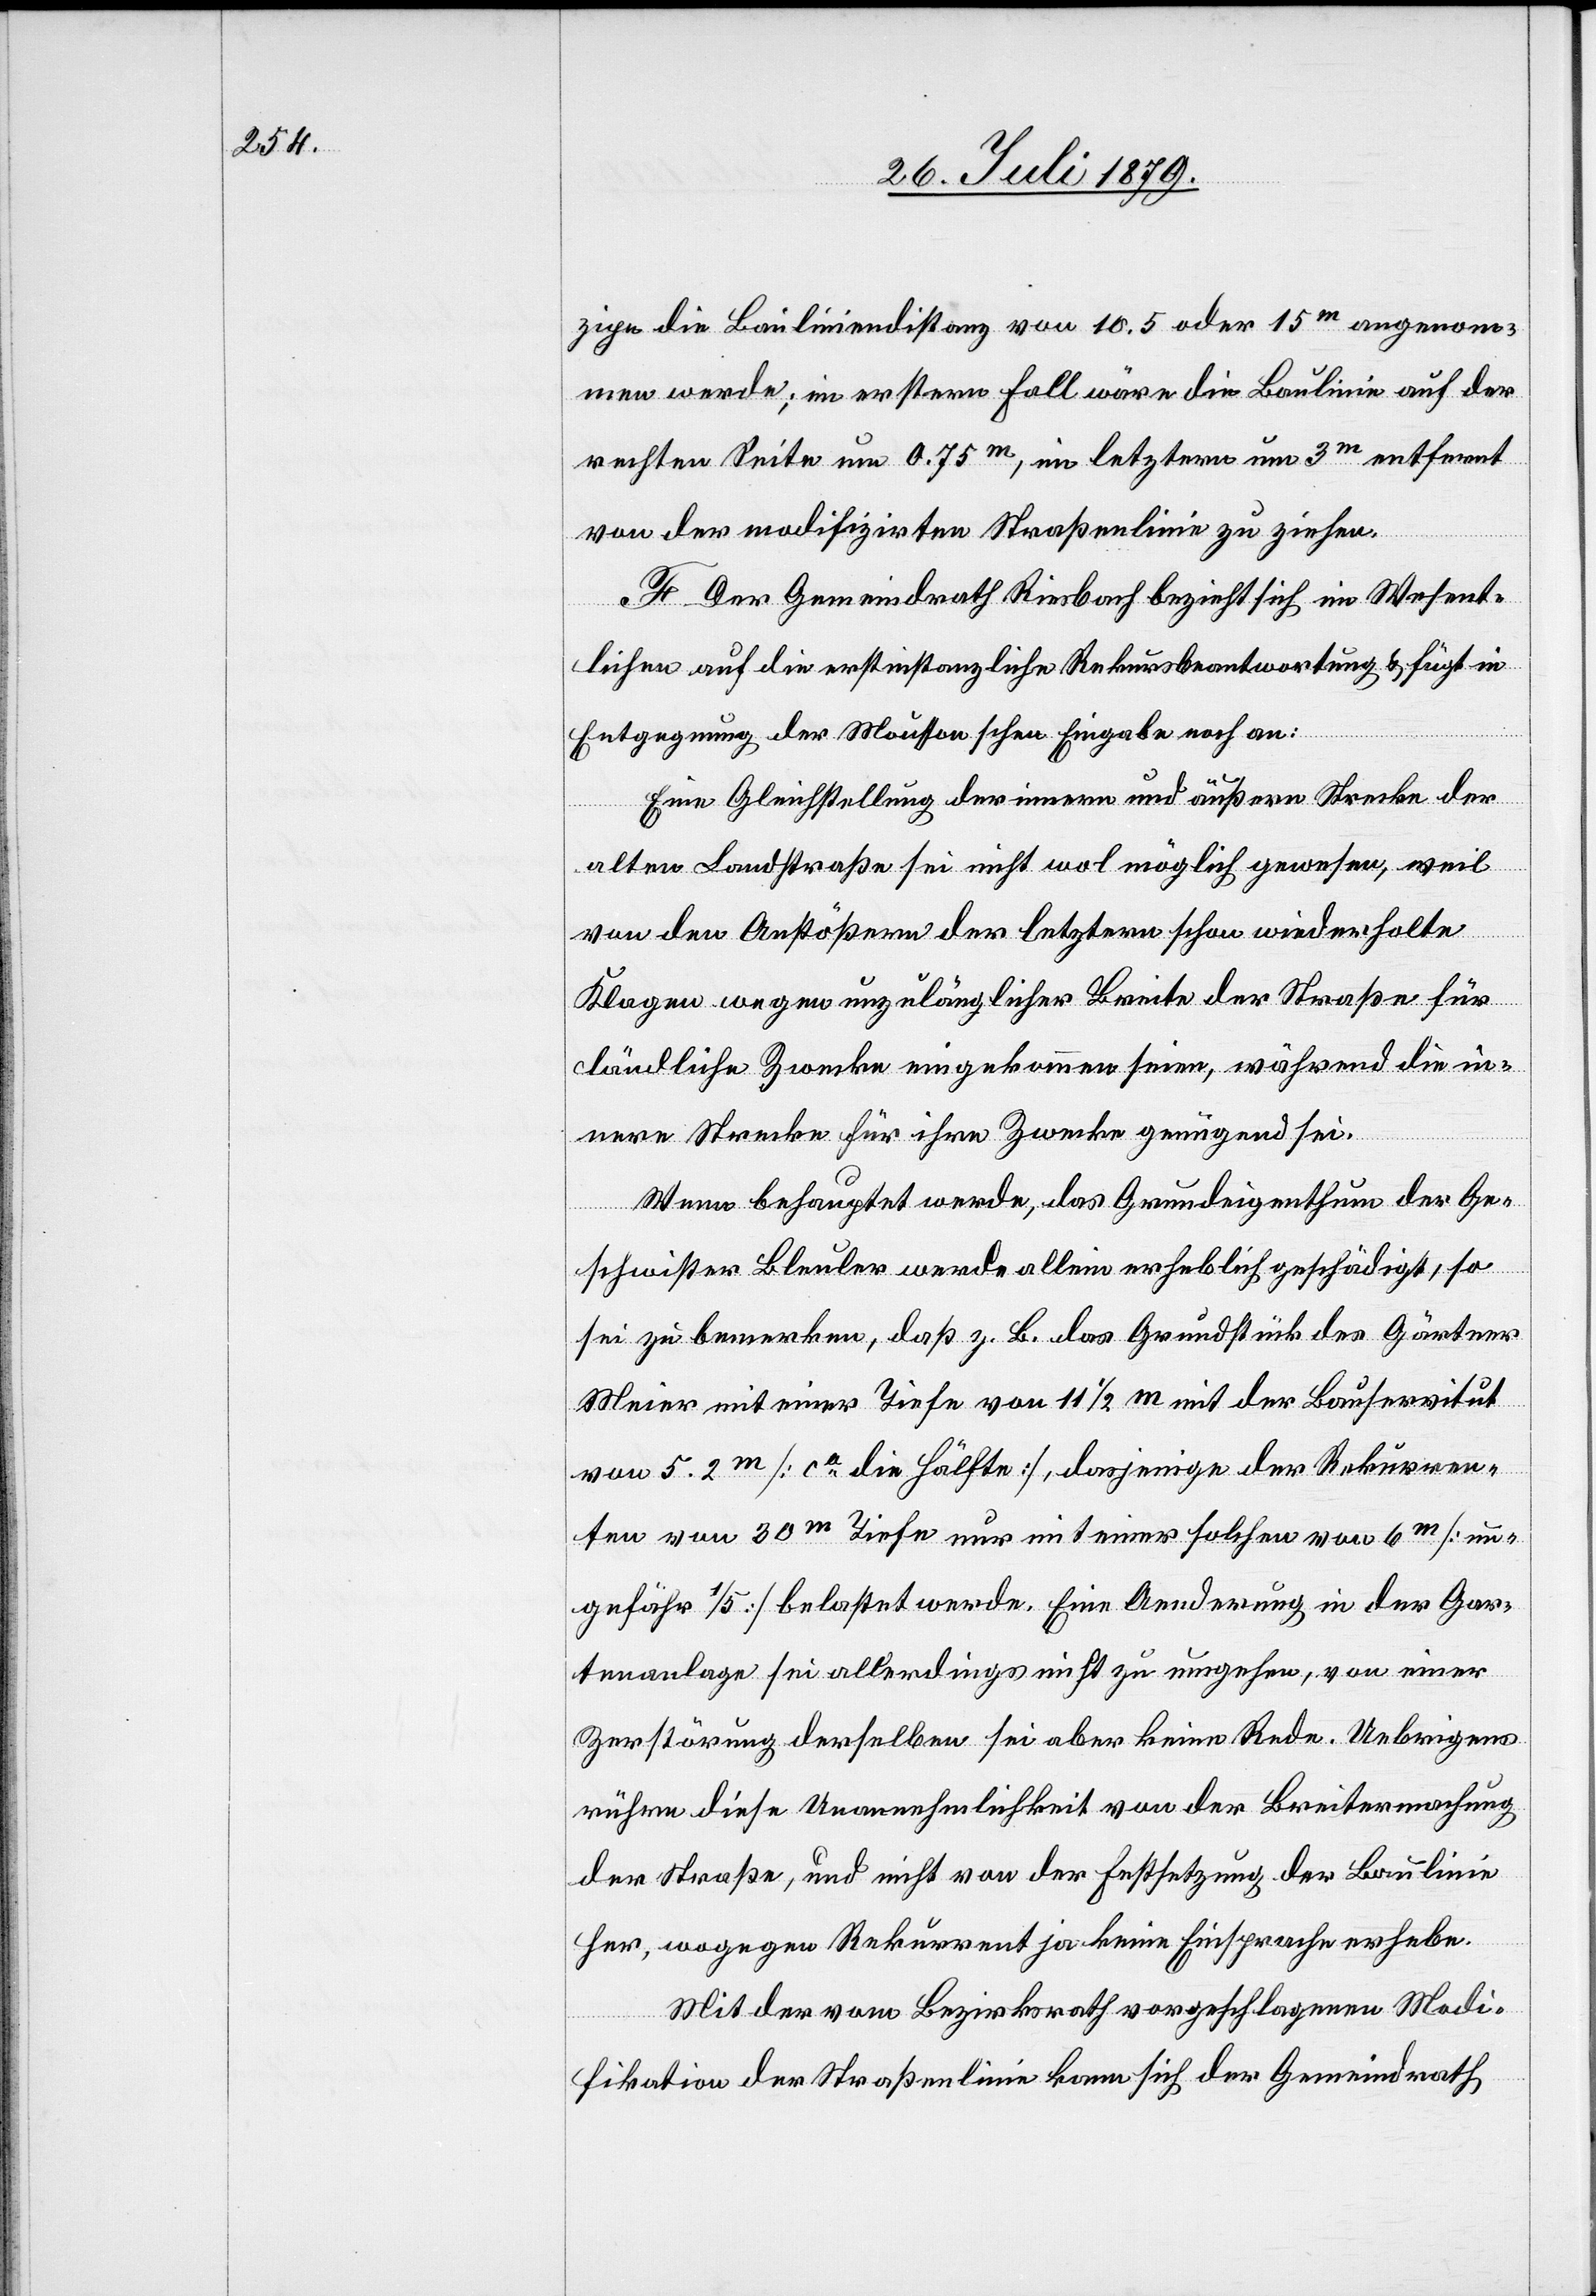
zipe die Bauliniendistanz von 10.5 oder 15m angenom¬
men werde; im erstern Fall wäre die Baulinie auf der
rechten Seite um 0.75m, im letztern um 3m entfernt
von der modifizirten Straßenlinie zu ziehen.
F. Der Gemeindrath Riesbach bezieht sich im Wesent¬
lichen auf die erstinstanzliche Rekursbeantwortung & fügt in
Entgegnung der Moussonschen Eingabe noch an:
Eine Gleichstellung der innern und äußern Strecke der
alten Landstraße sei nicht wol möglich gewesen, weil
von den Anstößern der letztern schon wiederholte
Klagen wegen unzulänglicher Breite der Straße für
ländliche Zwecke eingekommen seien, während die in¬
nere Strecke für ihre Zwecke genügend sei.
Wenn behauptet werde, das Grundeigenthum der Ge¬
schwister Bleuler werde allein erheblich geschädigt, so
sei zu bemerken, daß z. B. das Grundstück des Gärtner
Meier mit einer Tiefe von 11 1/2 m mit der Bauservitut
von 5.2m [ca die Hälfte], dasjenige der Rekurren¬
ten von 30m Tiefe nur mit einer solchen von 6m [un¬
gefähr 1/5] belastet werde. Eine Aenderung in der Gar¬
tenanlage sei allerdings nicht zu umgehen, von einer
Zerstörung derselben sei aber keine Rede. Uebrigens
rühre diese Unannehmlichkeit von der Breitermachung
der Straße, und nicht von der Festsetzung der Baulinie
her, wogegen Rekurrent ja keine Einsprache erhebe.
Mit der vom Bezirksrath vorgeschlagenen Modi¬
fikation der Straßenlinie kann sich der Gemeindrath